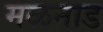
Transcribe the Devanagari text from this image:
मळनाड